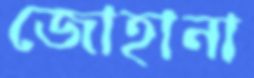
জোহানা